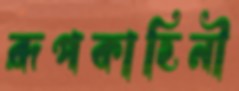
রূপকাহিনী